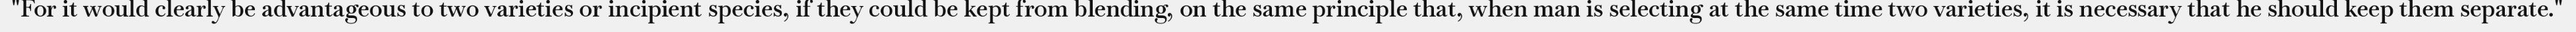
"For it would clearly be advantageous to two varieties or incipient species, if they could be kept from blending, on the same principle that, when man is selecting at the same time two varieties, it is necessary that he should keep them separate."